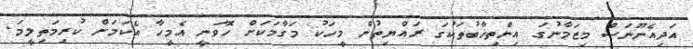
އަދިއެނޫނަސް މިޒަމާނުގަ އިންތިޚާބުތަކުގަ ރައްޔިތުން މީހަކު މަގާމަކަށް ހޮވަނީ އެމީހާ އެކަމަށް ކުރިމަތިލީމަ.